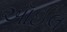
ઑઈલ